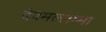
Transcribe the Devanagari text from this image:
देवमल्लम्मा